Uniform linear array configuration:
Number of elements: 24
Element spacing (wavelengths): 1
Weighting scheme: kaiser
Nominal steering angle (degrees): -30
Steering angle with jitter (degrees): -31.17
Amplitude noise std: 0.05
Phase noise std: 0.05

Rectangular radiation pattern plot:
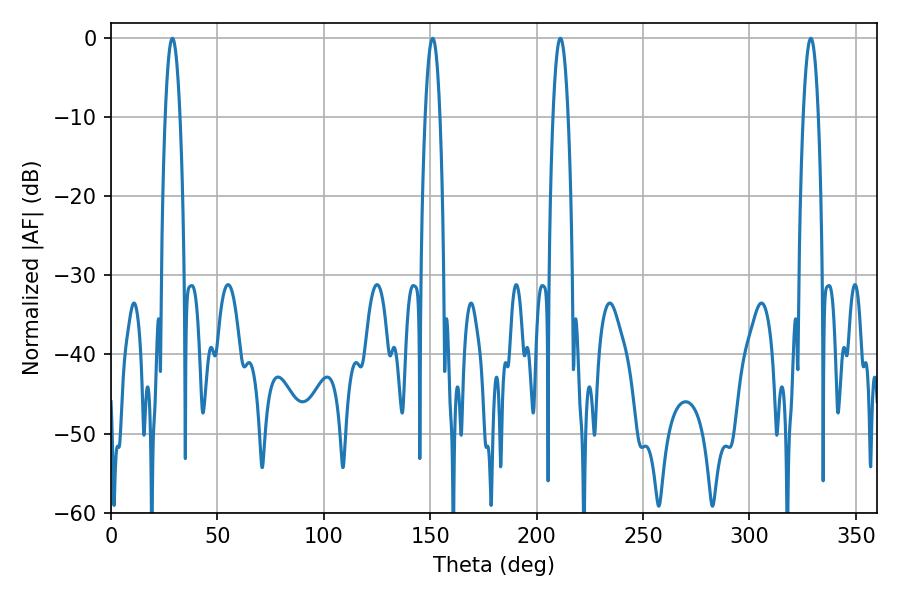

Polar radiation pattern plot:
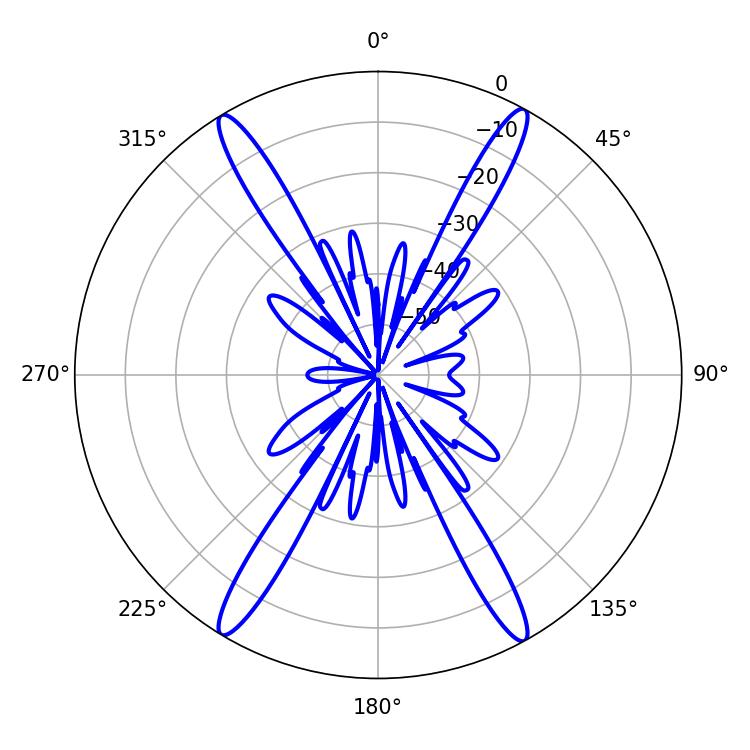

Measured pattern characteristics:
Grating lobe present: TRUE
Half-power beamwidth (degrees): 3.96
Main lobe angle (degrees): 211.14